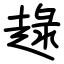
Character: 趢